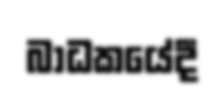
බාධකයේදී